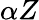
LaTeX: \alpha Z